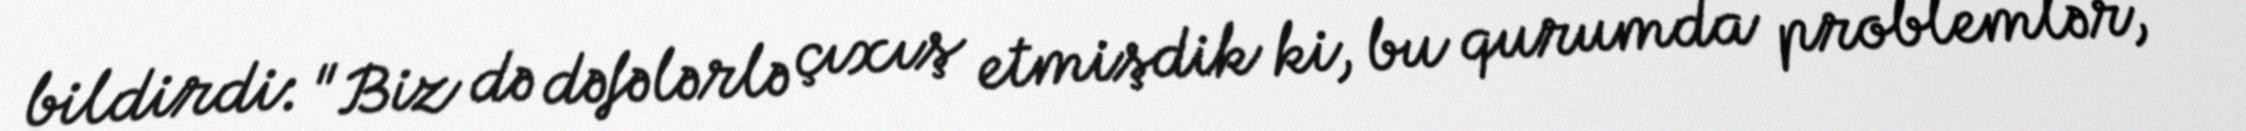
bildirdi: "Biz də dəfələrlə çıxış etmişdik ki, bu qurumda problemlər,